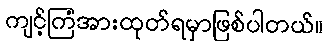
ကျင့်ကြံအားထုတ်ရမှာဖြစ်ပါတယ်။